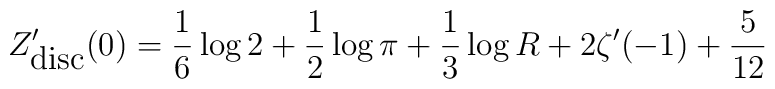
Z_{\hbox{disc}}'(0) = {1\over 6}\log 2 + {1\over 2}\log\pi +{1\over 3}\log R + 2\zeta'(-1) + {5\over{12}}